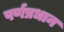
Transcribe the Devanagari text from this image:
पर्णप्रधान